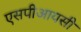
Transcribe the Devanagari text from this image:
एसपीआयसी